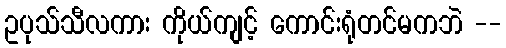
ဥပုသ်သီလကား ကိုယ်ကျင့် ကောင်းရုံတင်မကဘဲ --